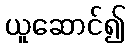
ယူဆောင်၍